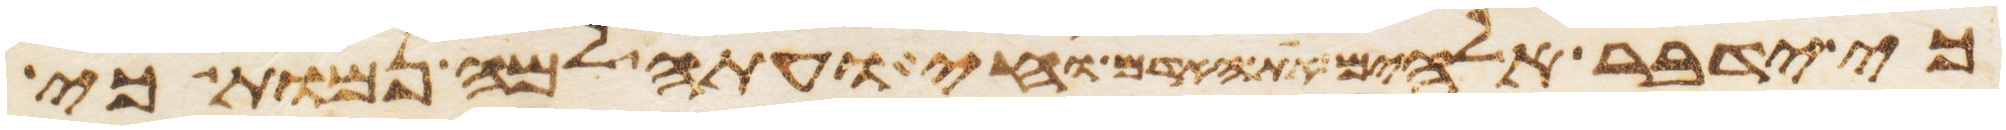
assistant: כי ידבר אלהים את האדם וחי ועתה למה נמות כי